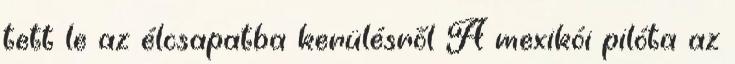
tett le az élcsapatba kerülésről A mexikói pilóta az